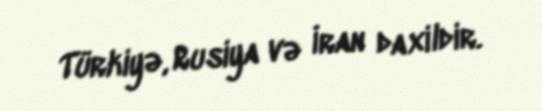
Türkiyə, Rusiya və İran daxildir.